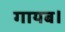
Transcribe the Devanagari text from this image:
गायब।